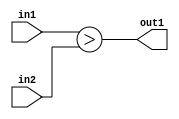
`timescale 1ps / 1ps
/*****************************************************************************
    Verilog RTL Description
    
    
    Created by: CellMath Designer 2019.1.01 
*******************************************************************************/

module DFT_compute_LessThan_2Ux2U_1U_4 (
	in2,
	in1,
	out1
	); /* architecture "behavioural" */ 
input [1:0] in2,
	in1;
output  out1;
wire  asc001;

assign asc001 = (in1>in2);

assign out1 = asc001;
endmodule

/* CADENCE  urfxQg0= : u9/ySgnWtBlWxVPRXgAZ4Og= ** DO NOT EDIT THIS LINE ******/